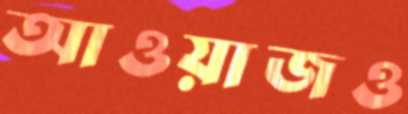
আওয়াজও